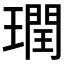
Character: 𪼙